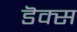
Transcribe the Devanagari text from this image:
डॆक्स